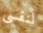
لنفسى